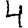
Digit: 4